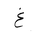
Letter: _gayn